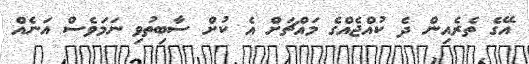
އޭގެ ތެރެއިން ދެ ކުއްޖެއްގެ މައްޗަށް އެ ކުށް ސާބިތުވި ނަމަވެސް އަނެއް